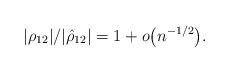
LaTeX: \begin{align*}|\rho_{12}|/|\hat{\rho}_{12}| = 1+o\bigl(n^{-1/2}\bigr).\end{align*}